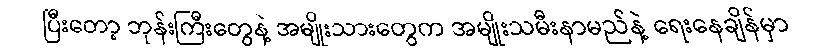
ပြီးတော့ ဘုန်းကြီးတွေနဲ့ အမျိုးသားတွေက အမျိုးသမီးနာမည်နဲ့ ရေးနေချိန်မှာ